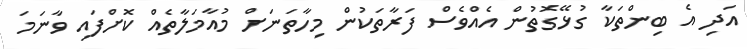
އަދި އެ ބިންތަކާ ގުޅޭގޮތުން އެއްވެސް ފަރާތަކުން މިހާތަނަށް މުއާމަލާތެއް ކޮށްފައި ވާނަމަ